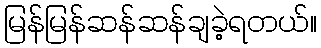
မြန်မြန်ဆန်ဆန်ချခဲ့ရတယ်။